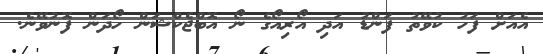
އެއަށް ފަހު ކުވޭތު ފަންޑު އަދި އޯރިއޯގެ ނޯ އޮބްޖެކްޝަން ހޯދަން ފޮނުވޭނެ.